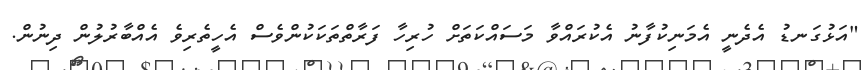
"އަޅުގަނޑު އެދެނީ އެމަނިކުފާނު އެކުރައްވާ މަސައްކަތަށް ހުރިހާ ފަރާތްތަކަކުންވެސް އެހީތެރިވެ އެއްބާރުލުން ދިނުން.